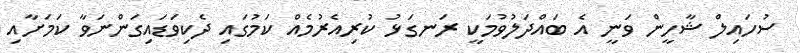
ސުހައިލް ޝާހީން ވަނީ އެ ބައްދަލުވުމަކީ ރަނގަޅު ކުރިއެރުމެއް ކަމުގައި ދެކިވަޑައިގަންނަވާ ކަމަށާއި